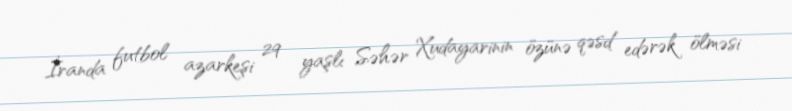
İranda futbol azarkeşi 29 yaşlı Səhər Xudayarinin özünə qəsd edərək ölməsi